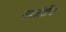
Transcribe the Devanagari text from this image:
रामजोशींचा